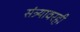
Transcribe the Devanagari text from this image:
संत्र्यावरही